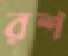
রশ